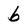
Character: b